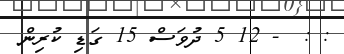
: :  - 12 5 ދުވަސް 15 ގަޑި ކުރިން